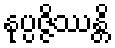
နုပ္ပဇ္ဇိဿန္တိ